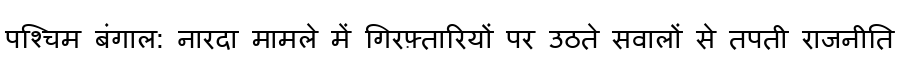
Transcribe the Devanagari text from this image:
पश्चिम बंगाल: नारदा मामले में गिरफ़्तारियों पर उठते सवालों से तपती राजनीति